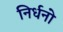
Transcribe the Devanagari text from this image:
निर्धनो